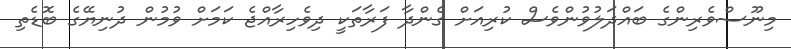
މިނޫސްވެރިންގެ ބައްދަލުވުންވެސް ކުރިއަށް ގެންދާ ފަރާތަކީ ދިވެހިރާއްޖެ ކަމަށް ވުމުން ދުނިޔޭގެ ބޮޑެތި